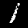
Digit: 1